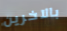
بالآخرين